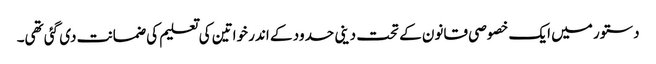
دستور میں ایک خصوصی قانون کے تحت دینی حدود کے اندر خواتین کی تعلیم کی ضمانت دی گئی تھی۔